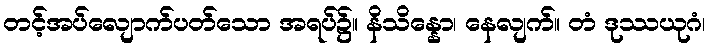
တင့်အပ်လျောက်ပတ်သော အရပ်၌။ နိသိန္နော၊ နေလျက်။ တံ ဒုဿယုဂံ၊